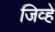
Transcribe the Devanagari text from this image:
जिव्हे